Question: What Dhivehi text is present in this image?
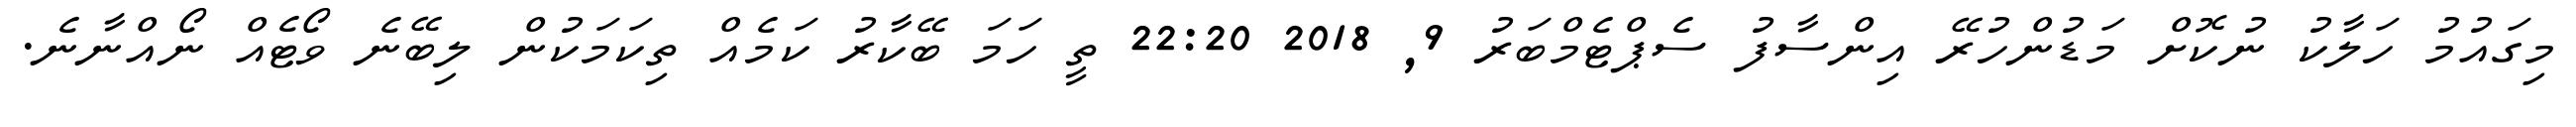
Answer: މިގައުމު ހަލާކު ނުކޮށް މަޑުންހުރޭ އިންސާފު ސެޕްޓެމްބަރު 9, 2018 22:20 ތީ ހަމަ ބޭކާރު ކަމެއް ތިކަމަކުން ލިބޭނެ ވޯޓެއް ނޯއްނާނެ.